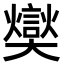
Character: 𪥢